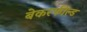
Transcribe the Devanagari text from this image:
बेकरफील्ड